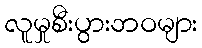
လူမှုစီးပွားဘဝများ